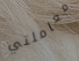
معاملتي